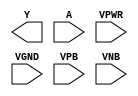
module sky130_fd_sc_ms__clkdlyinv3sd1 (
    Y   ,
    A   ,
    VPWR,
    VGND,
    VPB ,
    VNB
);

    output Y   ;
    input  A   ;
    input  VPWR;
    input  VGND;
    input  VPB ;
    input  VNB ;
endmodule